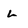
Character: L